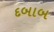
દબાબ